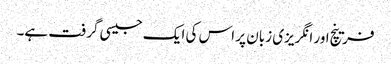
فرینچ اور انگریزی زبان پر اس کی ایک جیسی گرفت ہے۔